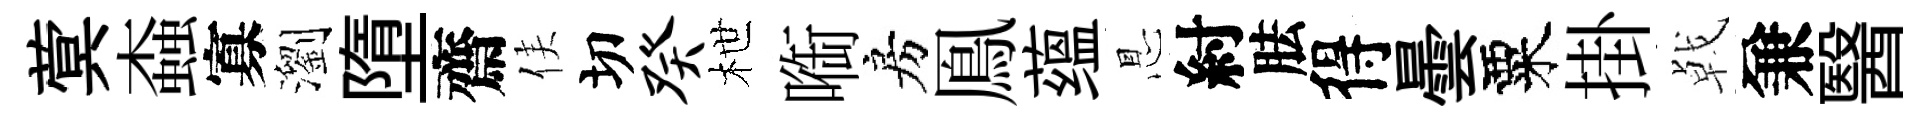
蓂螙寡瀏墮齋侯切癸枻㗸房鳯蕴㤙紂胠得曇粟掛㦸兼醫